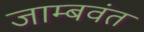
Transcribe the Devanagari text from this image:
जाम्बवंत